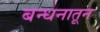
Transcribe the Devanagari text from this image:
बन्धनातून